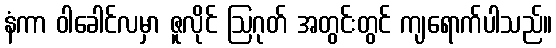
နံကာ ဝါခေါင်လမှာ ဇူလိုင် ဩဂုတ် အတွင်းတွင် ကျရောက်ပါသည်။